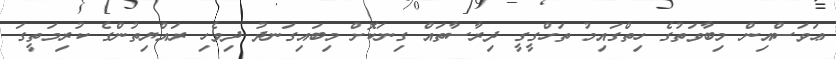
ޢަވަސްއިން މިބާވަތުގެ ހިތްގައިމު ތަހްގީގީ ދިރާސާތައް ގިނަކޮށް މިބައިގަނދު ދިވެހި ރައްޔިތުންގެ ކުރިމަތީގަ